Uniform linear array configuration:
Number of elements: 8
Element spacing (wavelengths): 0.75
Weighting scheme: exponential
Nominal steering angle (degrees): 30
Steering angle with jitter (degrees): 28.219
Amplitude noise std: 0.05
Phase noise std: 0.05

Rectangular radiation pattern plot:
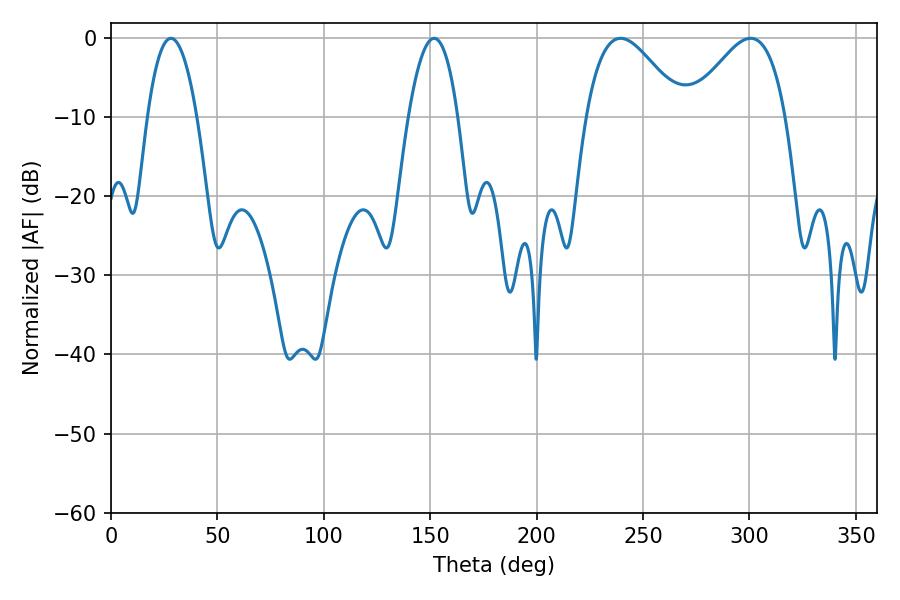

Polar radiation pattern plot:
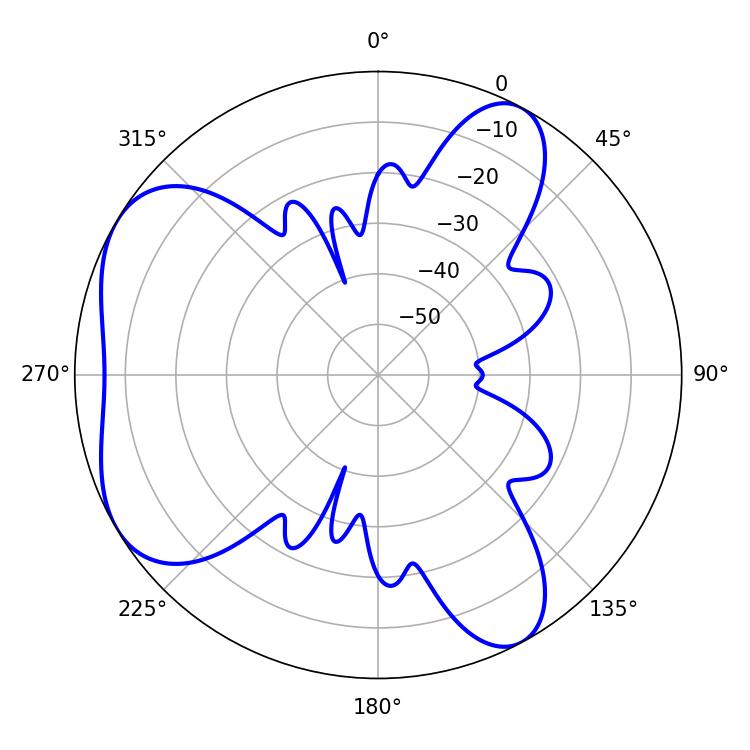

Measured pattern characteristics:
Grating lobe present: TRUE
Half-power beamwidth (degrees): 24.3
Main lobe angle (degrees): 239.4